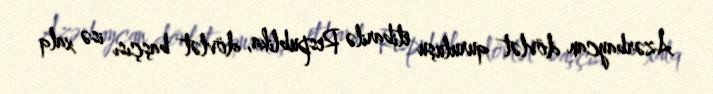
Azərbaycan dövlət quruluşu etibarilə Respublika, dövlət başçısı isə xalq